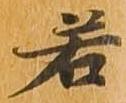
若